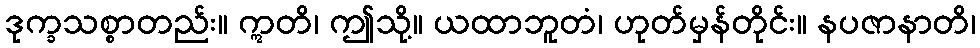
ဒုက္ခသစ္စာတည်း။ ဣတိ၊ ဤသို့။ ယထာဘူတံ၊ ဟုတ်မှန်တိုင်း။ နပဇာနာတိ၊